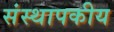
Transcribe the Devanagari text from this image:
संस्थापकीय